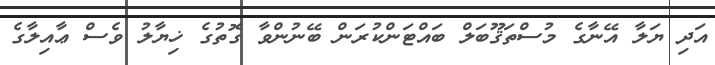
އަދި ޔަލާ އޭނާގެ މުސްތަޤޫބަލް ބައްޓަންކުރަން ބޭނުންވާ ގޮތުގެ ޚިޔާލު ވެސް ޢާއިލާގެ